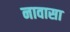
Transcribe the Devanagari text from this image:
नावासा